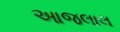
આજલાલ